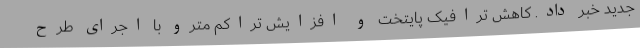
جدید خبر داد. کاهش ترافیک پایتخت و افزایش تراکم مترو با اجرای طرح